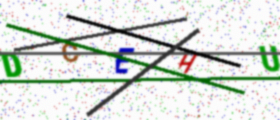
Text: DCEHU